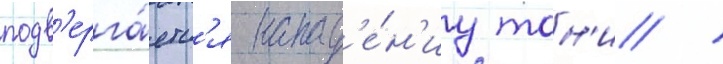
подв'ерга́етс'я напад'е́н'иу тон'и /